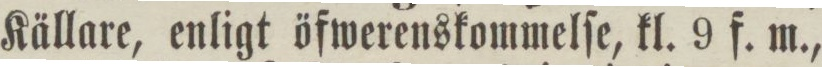
Källare, enligt öfwerenskommelſe, kl. 9 f. m.,